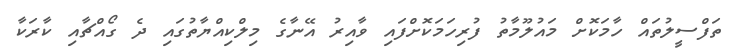
ތަފްސީލުތައް ހާމަކޮށް މައުލޫމާތު ފުރިހަމަކޮށްފައި ވާއިރު އޭނާގެ މިލްކިއްޔާތުގައި ދެ ގޯއްޗާއި ކާރަކާ